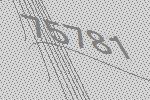
75781